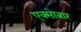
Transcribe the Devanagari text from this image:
एक्सोबार